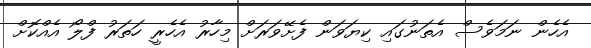
އެހެން ނަމަވެސް އެތަނުގައި ކިޔަވަން ފެށޭވަރަށް މިހާރު އެހެރީ ހަތަރު ފްލޯ އެއްކޮށް